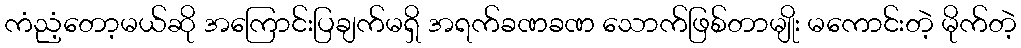
ကံညံ့တော့မယ်ဆို အကြောင်းပြချက်မရှိ အရက်ခဏခဏ သောက်ဖြစ်တာမျိုး မကောင်းတဲ့ မိုက်တဲ့